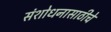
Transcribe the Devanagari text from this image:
संशोधनासाठीचे